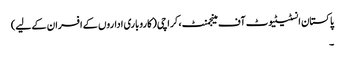
پاکستان انسٹیٹیوٹ آف مینجمنٹ، کراچی(کاروباری اداروں کے افسران کے لیے)
۔